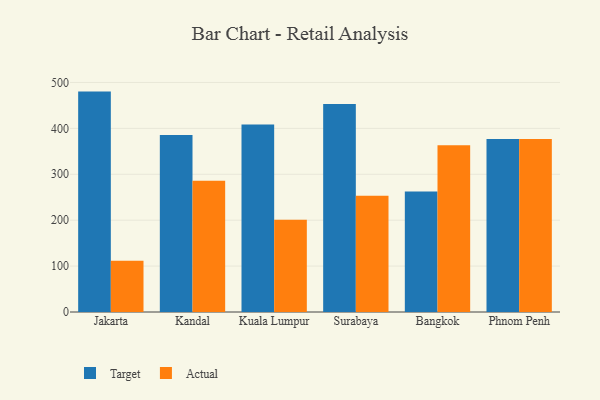
{"axis": {"x": "City", "y": "Market Share (%)"}, "legend": ["Actual", "Target"], "data": [{"x": "Jakarta", "y": 480.1, "type": "Target"}, {"x": "Jakarta", "y": 111.9, "type": "Actual"}, {"x": "Kandal", "y": 385.7, "type": "Target"}, {"x": "Kandal", "y": 285.8, "type": "Actual"}, {"x": "Kuala Lumpur", "y": 408.2, "type": "Target"}, {"x": "Kuala Lumpur", "y": 200.9, "type": "Actual"}, {"x": "Surabaya", "y": 452.9, "type": "Target"}, {"x": "Surabaya", "y": 253.4, "type": "Actual"}, {"x": "Bangkok", "y": 262.6, "type": "Target"}, {"x": "Bangkok", "y": 363.4, "type": "Actual"}, {"x": "Phnom Penh", "y": 377.1, "type": "Target"}, {"x": "Phnom Penh", "y": 377.0, "type": "Actual"}]}